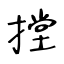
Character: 摚